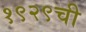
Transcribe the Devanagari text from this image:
१९२९ची